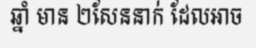
ឆ្នាំ មាន ២សែននាក់ ដែលអាច